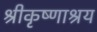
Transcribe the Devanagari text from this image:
श्रीकृष्णाश्रय